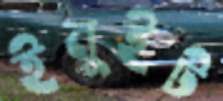
ইনুইট